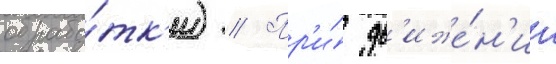
обрабо́тк'и) // Пр'и́ дв'иже́н'ии